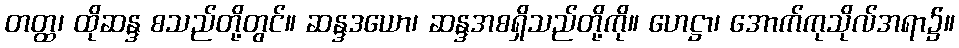
တတ္ထ၊ ထိုဆန္ဒ စသည်တို့တွင်။ ဆန္ဒဒယော၊ ဆန္ဒအစရှိသည်တို့ကို။ ဟေဋ္ဌာ၊ အောက်ကုသိုလ်အရာ၌။